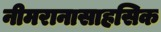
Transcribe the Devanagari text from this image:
नीमरानासाहसिक